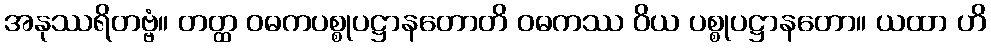
အနုဿရိတဗ္ဗံ။ တတ္ထ ဝဓကပစ္စုပဋ္ဌာနတောတိ ဝဓကဿ ဝိယ ပစ္စုပဋ္ဌာနတော။ ယထာ ဟိ